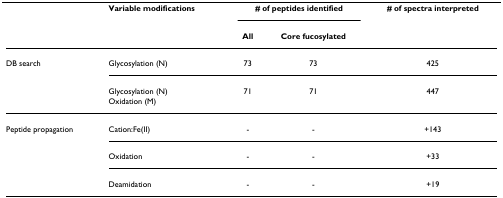
|  | Variable modifications | <COLSPAN=2> # of peptides identified | # of spectra interpreted |
 |  |  | All | Core fucosylated |  |
 | --- | --- | --- | --- | --- |
 | DB search | Glycosylation (N) | 73 | 73 | 425 |
 |  | Glycosylation (N) | 71 | 71 | 447 |
 |  | Oxidation (M) |  |  |  |
 | Peptide propagation | Cation:Fe(II) | - | - | +143 |
 |  | Oxidation | - | - | +33 |
 |  | Deamidation | - | - | +19 |